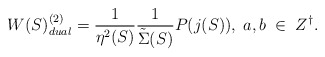
\begin{align*}W(S)_{dual}^{(2)} = \frac{1}{\eta^2(S)}\frac{1}{{\tilde \Sigma}(S)} P(j(S)),\;a, b\;\in\;Z^{\dagger}.\end{align*}